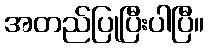
အတည်ပြုပြီးပါပြီ။